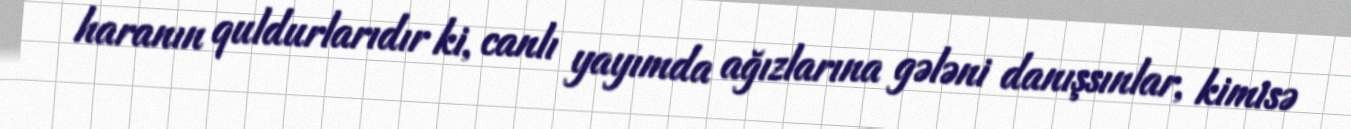
haranın quldurlarıdır ki, canlı yayımda ağızlarına gələni danışsınlar, kimisə